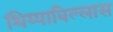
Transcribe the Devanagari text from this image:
थिय्याबिल्लास